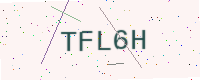
Text: TFL6H